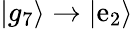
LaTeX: |g_{7}\rangle\to|\mathrm{e}_{2}\rangle